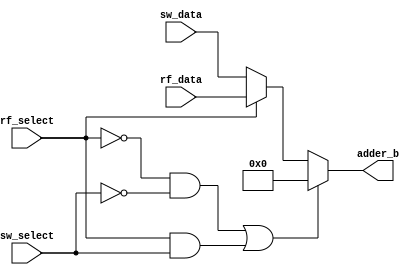
module imme_mux(input [3:0] rf_data,
                input [3:0] sw_data,
                input rf_select,
                input sw_select,
                output reg [3:0] adder_b);

    always@(*)
    begin
    
        if((rf_select==0 && sw_select==0)||(rf_select==1 && sw_select==1))
            adder_b <= 0;
            
        else if(rf_select)
            adder_b <= rf_data;

        else //_Extern
            adder_b <= sw_data;
            
    end
        
endmodule